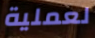
لعملية